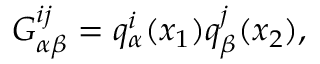
G _ { \alpha \beta } ^ { i j } = q _ { \alpha } ^ { i } ( x _ { 1 } ) q _ { \beta } ^ { j } ( x _ { 2 } ) ,